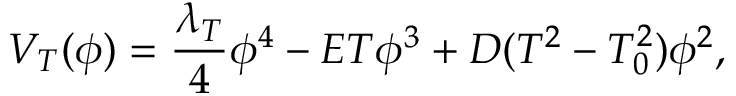
V _ { T } ( \phi ) = \frac { \lambda _ { T } } { 4 } \phi ^ { 4 } - E T \phi ^ { 3 } + D ( T ^ { 2 } - T _ { 0 } ^ { 2 } ) \phi ^ { 2 } ,